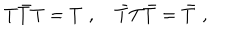
T \bar { T } T = T \, \, , \quad \bar { T } T \bar { T } = \bar { T } \, \, ,